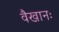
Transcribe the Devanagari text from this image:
वैखानः